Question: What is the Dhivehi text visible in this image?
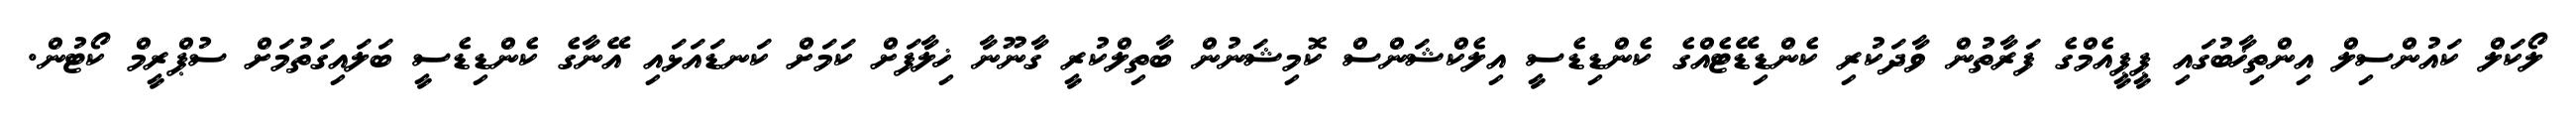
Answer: ލޯކަލް ކައުންސިލް އިންތިޚާބުގައި ޕީޕީއެމްގެ ފަރާތުން ވާދަކުރި ކެންޑިޑޭޓެއްގެ ކެންޑިޑެސީ އިލެކްޝަންސް ކޮމިޝަނުން ބާތިލްކުރީ ގާނޫނާ ޚިލާފަށް ކަމަށް ކަނޑައަޅައި އޭނާގެ ކެންޑިޑެސީ ބަލައިގަތުމަށް ސުޕްރީމް ކޯޓުން.